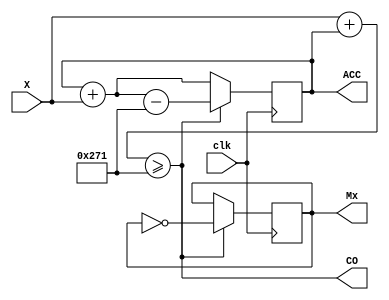
`timescale 1ns / 1ps
//////////////////////////////////////////////////////////////////////////////////
// Company: 
// Engineer: 
// 
// Design Name: 
// Module Name:    ACCM 
// Project Name: 
// Target Devices: 
// Tool versions: 
// Description: 
//
// Dependencies: 
//
// Revision: 
// Revision 0.01 - File Created
// Additional Comments: 
//
//////////////////////////////////////////////////////////////////////////////////
`define a 16 // 
module ACCM ( 	input [6:0] X, 	output reg [`a-1:0] ACC = 0,
					/*input ce,*/ 			output wire CO, 					// 
					input clk, 			output reg Mx=0); 				//
parameter M=625 ; //F = X * 50Mhz / (50000) = X * 1kHz
assign CO = (X+ACC >= M); 													//  CO=1  X+ACC >= M
always @ (posedge clk) begin
	ACC <= CO? ACC + X - M : ACC + X; 										//    M
	Mx <= CO? !Mx : Mx ; 												//
end
endmodule